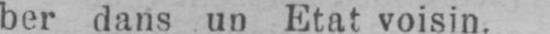
ber dans un Etat voisin.